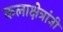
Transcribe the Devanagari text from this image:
कलाक्षेत्रांनी